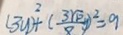
( 3 y ) ^ { 2 } + ( \frac { 3 \sqrt { 1 0 } } { 8 } ) ^ { 2 } = 9